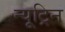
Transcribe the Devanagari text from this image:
न्यूट्रिन